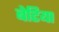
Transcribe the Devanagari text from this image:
बेटिया